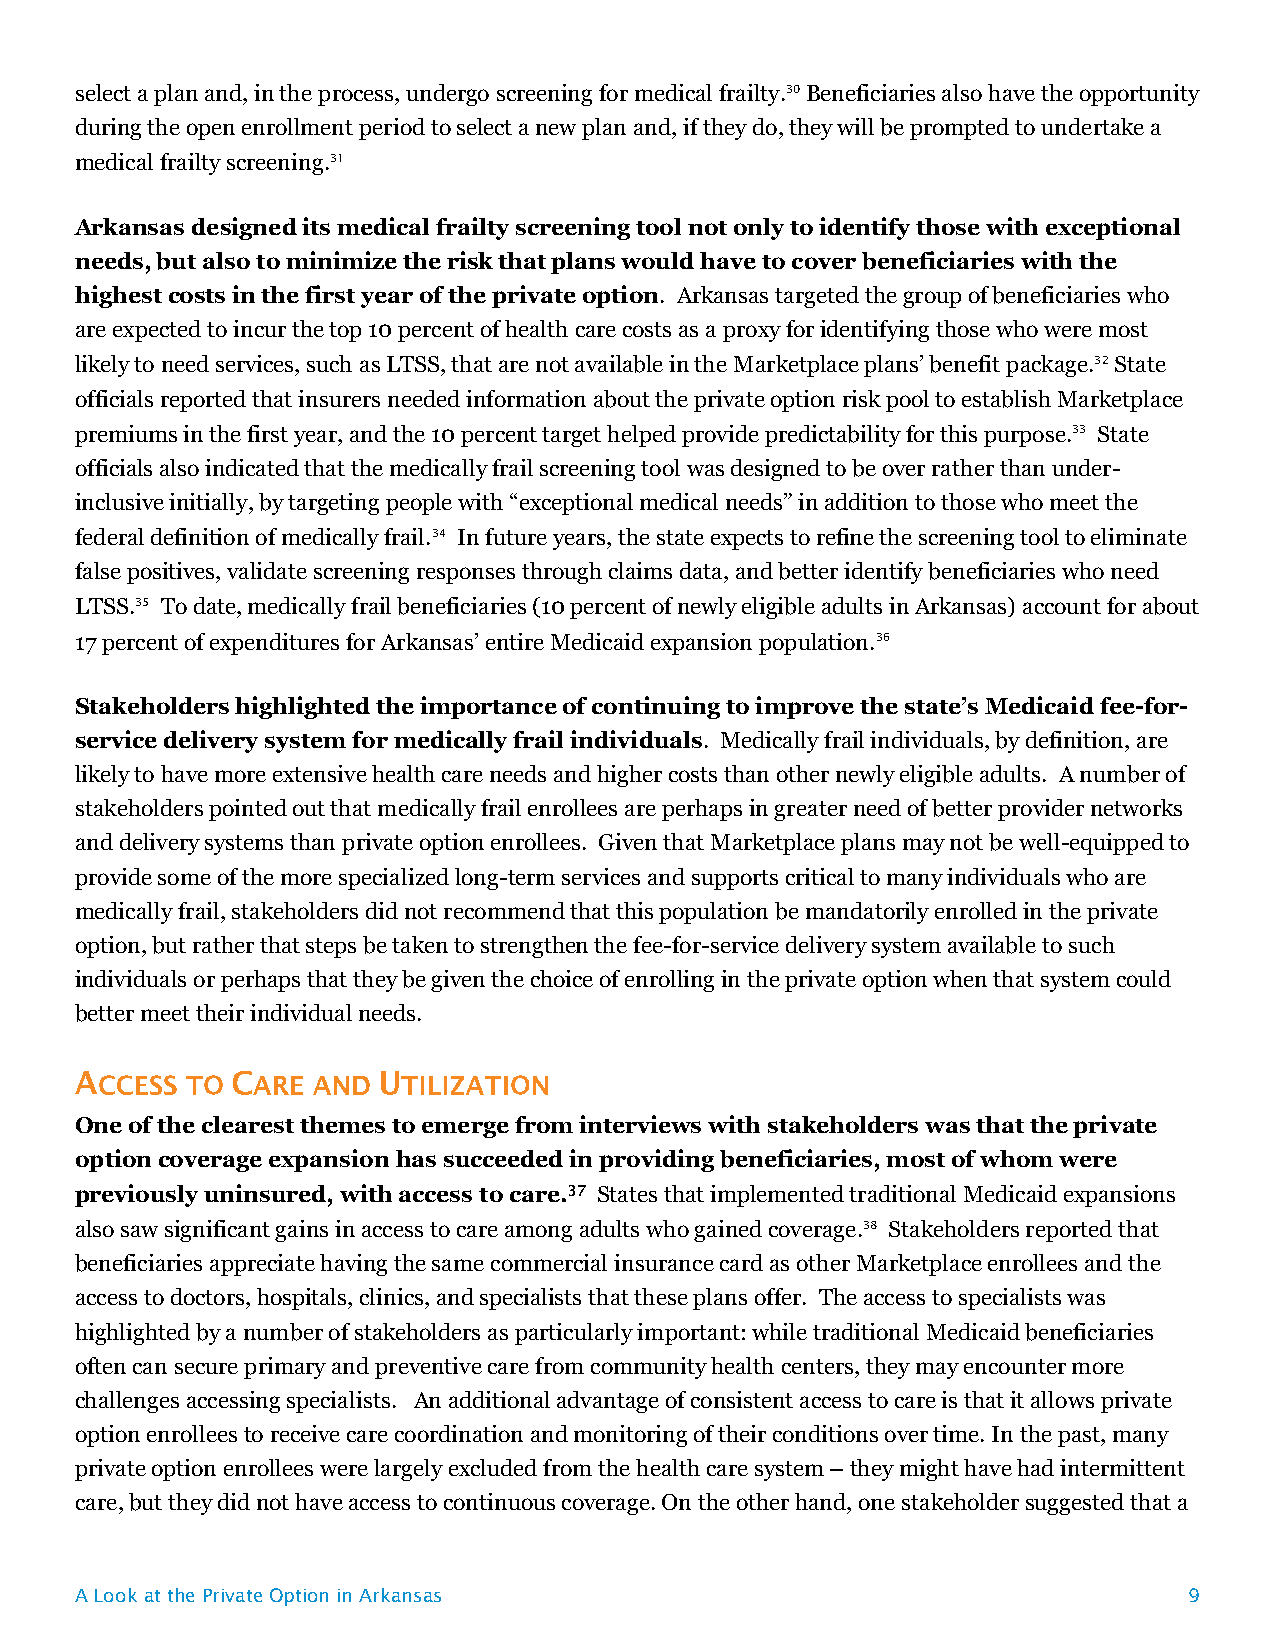
select a plan and, in the process, undergo screening for medical frailty.30 Beneficiaries also have the opportunity
 during the open enrollment period to select a new plan and, if they do, they will be prompted to undertake a
 medical frailty screening.31
 Arkansas designed its medical frailty screening tool not only to identify those with exceptional
 needs, but also to minimize the risk that plans would have to cover beneficiaries with the
 highest costs in the first year of the private option. Arkansas targeted the group of beneficiaries who
 are expected to incur the top 10 percent of health care costs as a proxy for identifying those who were most
 likely to need services, such as LTSS, that are not available in the Marketplace plans’ benefit package.32 State
 officials reported that insurers needed information about the private option risk pool to establish Marketplace
 premiums in the first year, and the 10 percent target helped provide predictability for this purpose.33 State
 officials also indicated that the medically frail screening tool was designed to be over rather than under-
 inclusive initially, by targeting people with “exceptional medical needs” in addition to those who meet the
 federal definition of medically frail.34 In future years, the state expects to refine the screening tool to eliminate
 false positives, validate screening responses through claims data, and better identify beneficiaries who need
 LTSS.35 To date, medically frail beneficiaries (10 percent of newly eligible adults in Arkansas) account for about
 17 percent of expenditures for Arkansas’ entire Medicaid expansion population.36
 Stakeholders highlighted the importance of continuing to improve the state’s Medicaid fee-for-
 service delivery system for medically frail individuals. Medically frail individuals, by definition, are
 likely to have more extensive health care needs and higher costs than other newly eligible adults. A number of
 stakeholders pointed out that medically frail enrollees are perhaps in greater need of better provider networks
 and delivery systems than private option enrollees. Given that Marketplace plans may not be well-equipped to
 provide some of the more specialized long-term services and supports critical to many individuals who are
 medically frail, stakeholders did not recommend that this population be mandatorily enrolled in the private
 option, but rather that steps be taken to strengthen the fee-for-service delivery system available to such
 individuals or perhaps that they be given the choice of enrolling in the private option when that system could
 better meet their individual needs.
 One of the clearest themes to emerge from interviews with stakeholders was that the private
 option coverage expansion has succeeded in providing beneficiaries, most of whom were
 previously uninsured, with access to care. States that implemented traditional Medicaid expansions
 also saw significant gains in access to care among adults who gained coverage.38 Stakeholders reported that
 beneficiaries appreciate having the same commercial insurance card as other Marketplace enrollees and the
 access to doctors, hospitals, clinics, and specialists that these plans offer. The access to specialists was
 highlighted by a number of stakeholders as particularly important: while traditional Medicaid beneficiaries
 often can secure primary and preventive care from community health centers, they may encounter more
 challenges accessing specialists. An additional advantage of consistent access to care is that it allows private
 option enrollees to receive care coordination and monitoring of their conditions over time. In the past, many
 private option enrollees were largely excluded from the health care system – they might have had intermittent
 care, but they did not have access to continuous coverage. On the other hand, one stakeholder suggested that a
 A Look at the Private Option in Arkansas                                  9